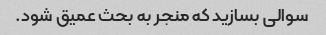
سوالی بسازید که منجر به بحث عمیق شود.